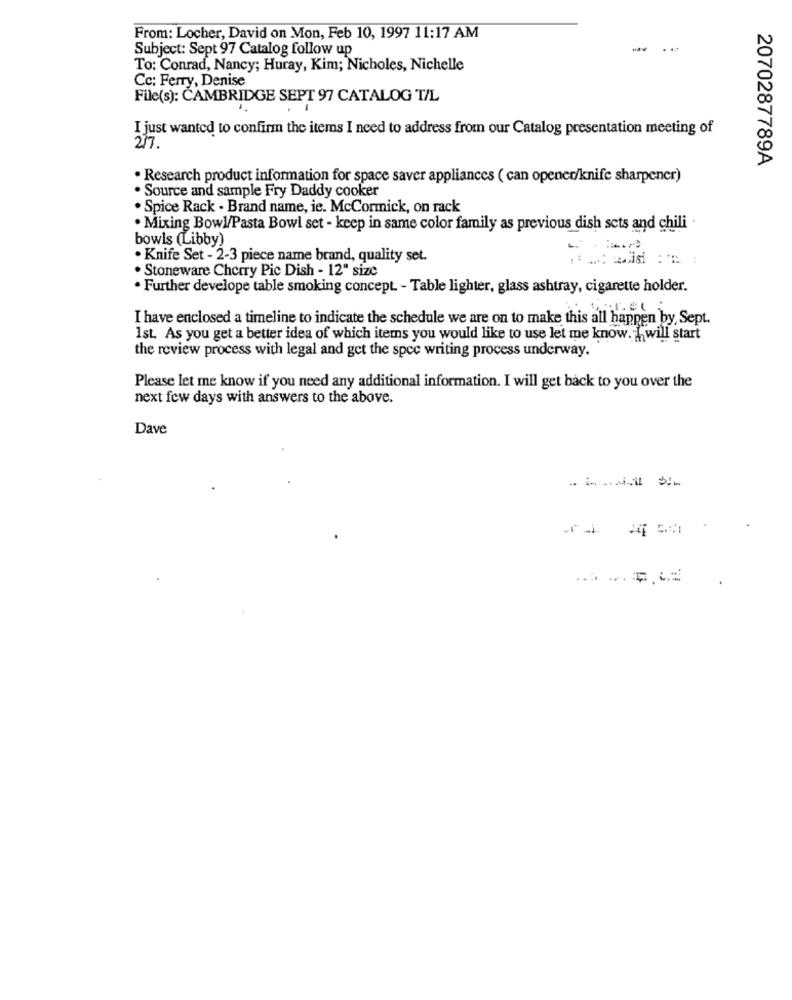
From: Locher, David on Mon, Feb 10, 1997 11:17 AM
Subject: Sept 97 Catalog follow up
To: Conrad, Nancy; Huray, Kim; Nicholes, Nichelle
Cc: Ferry, Denise
File(s): CAMBRIDGE SEPT 97 CATALOG T/L
I just wanted to confirm the items I need to address from our Catalog presentation meeting of
277.
2070287789A
· Research product information for space saver appliances ( can opener/knife sharpener)
. Source and sample Fry Daddy cooker
. Spice Rack - Brand name, ie. McCormick, on rack
Mixing Bowl/Pasta Bowl set - keep in same color family as previous dish sets and chili -
bowls (Libby)
· Knife Set - 2-3 piece name brand, quality set.
. Stoneware Cherry Pic Dish - 12" size
· Further develope table smoking concept. - Table lighter, glass ashtray, cigarette holder.
I have enclosed a timeline to indicate the schedule we are on to make this all happen by, Sept.
1st. As you get a better idea of which items you would like to use let me know. I will start
the review process with legal and get the spec writing process underway.
Please let me know if you need any additional information. I will get back to you over the
next few days with answers to the above.
Dave